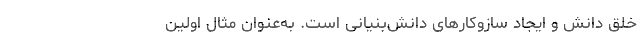
خلق دانش و ایجاد ساز­و­کارهای دانش‌بنیانی است. به‌عنوان مثال اولین